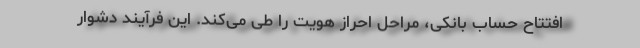
افتتاح حساب بانکی، مراحل احراز هویت را طی می‌کند. این فرآیند دشوار